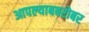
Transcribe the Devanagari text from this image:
आपल्याबबरोबर